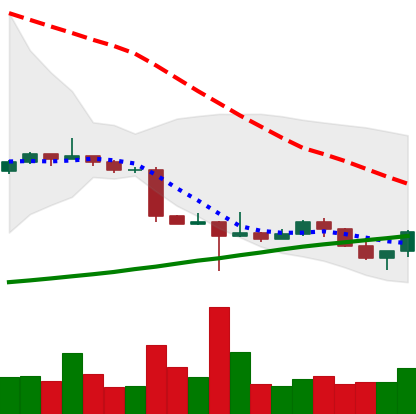
Ticker: ETC-USD
Chart end date: 2022-10-22
Forward return: 6.75%
Label: up_5_7